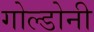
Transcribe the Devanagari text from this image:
गोल्डोनी